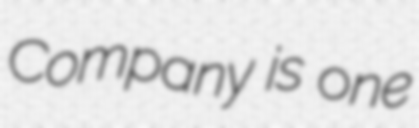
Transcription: Company is one